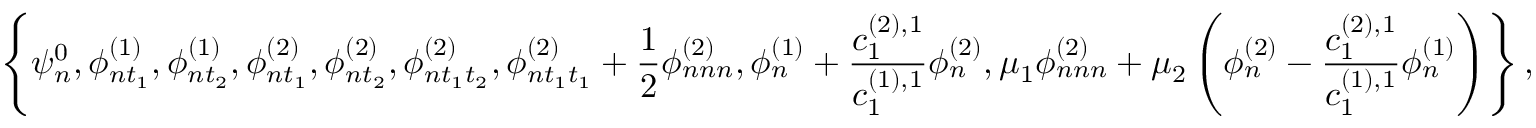
\left\{ \psi _ { n } ^ { 0 } , \phi _ { n t _ { 1 } } ^ { ( 1 ) } , \phi _ { n t _ { 2 } } ^ { ( 1 ) } , \phi _ { n t _ { 1 } } ^ { ( 2 ) } , \phi _ { n t _ { 2 } } ^ { ( 2 ) } , \phi _ { n t _ { 1 } t _ { 2 } } ^ { ( 2 ) } , \phi _ { n t _ { 1 } t _ { 1 } } ^ { ( 2 ) } + \frac { 1 } { 2 } \phi _ { n n n } ^ { ( 2 ) } , \phi _ { n } ^ { ( 1 ) } + \frac { c _ { 1 } ^ { ( 2 ) , 1 } } { c _ { 1 } ^ { ( 1 ) , 1 } } \phi _ { n } ^ { ( 2 ) } , \mu _ { 1 } \phi _ { n n n } ^ { ( 2 ) } + \mu _ { 2 } \left( \phi _ { n } ^ { ( 2 ) } - \frac { c _ { 1 } ^ { ( 2 ) , 1 } } { c _ { 1 } ^ { ( 1 ) , 1 } } \phi _ { n } ^ { ( 1 ) } \right) \right\} ,